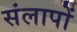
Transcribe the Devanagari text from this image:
संलापों